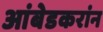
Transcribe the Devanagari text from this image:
आंबेडकरांन